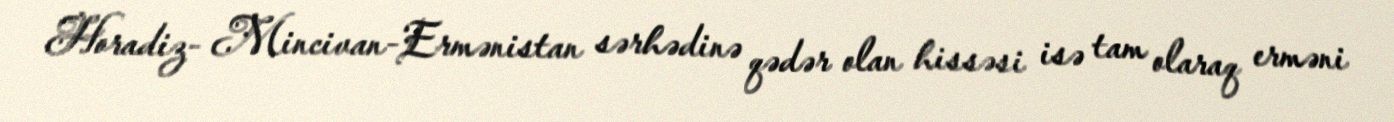
Horadiz- Mincivan-Ermənistan sərhədinə qədər olan hissəsi isə tam olaraq erməni